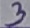
Text: 3